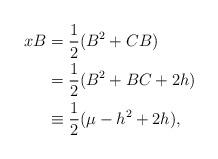
LaTeX: \begin{align*}xB&=\frac{1}{2}(B^{2}+CB)\\&=\frac{1}{2}(B^{2}+BC+2h)\\&\equiv \frac{1}{2}(\mu-{h}^{2}+2{h}),\end{align*}